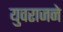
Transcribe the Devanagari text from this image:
युवराजने